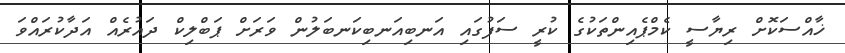
ޚާއްސަކޮށް ރިޔާސީ ކެމްޕެއިންތަކުގެ ކުރީ ސަފުގައި އަނބިއަނބިކަނބަލުން ވަރަށް ޕަބްލިކް ދައުރެއް އަދާކުރައްވަ